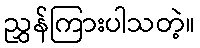
ညွှန်ကြားပါသတဲ့။